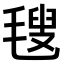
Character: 𣯜